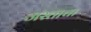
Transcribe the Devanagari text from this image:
जस्ताचा